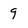
Character: 9